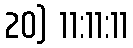
20) 11:11:11